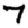
Digit: 7